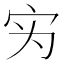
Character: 𰌷